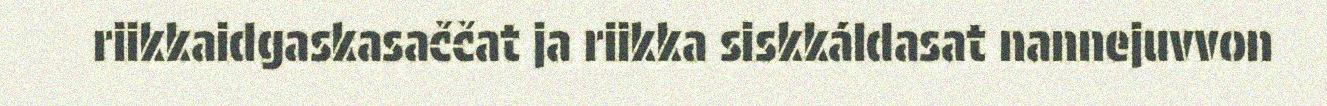
riikkaidgaskasaččat ja riikka siskkáldasat nannejuvvon